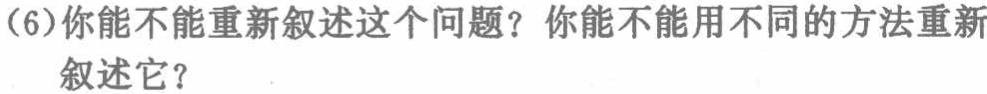
(6)你能不能重新叙述这个问题？你能不能用不同的方法重新叙述它？